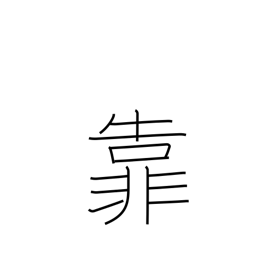
Meaning: lean on